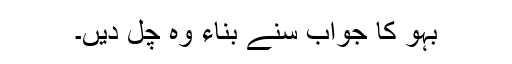
بہو کا جواب سنے بناء وہ چل دیں۔